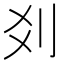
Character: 𠛄